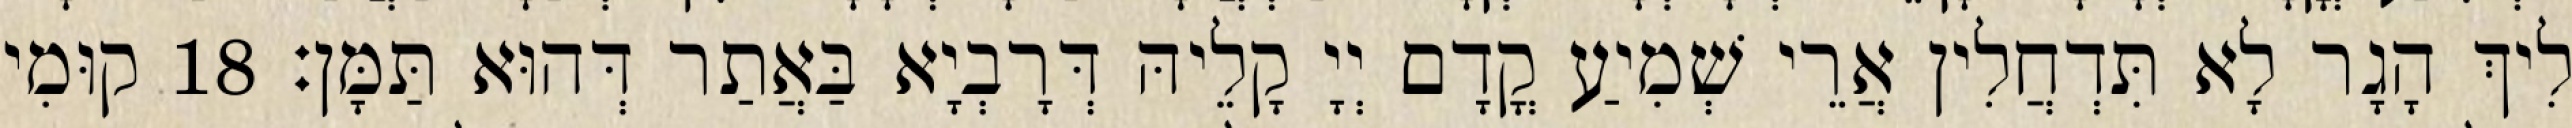
לִיךְ הָגָר לָא תִּדְחֲלִין אֲרֵי שְׁמִיעַ קֳדָם יְיָ קָלֵיהּ דְּרָבְיָא בַּאֲתַר דְּהוּא תַּמָּן׃ 18 קוּמִי